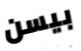
بيسن